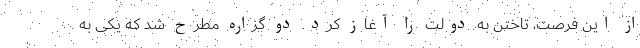
از این فرصت، تاختن به دولت را آغاز کرد. دو گزاره‌ مطرح شد که یکی به